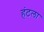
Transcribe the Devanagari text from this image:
हंटला